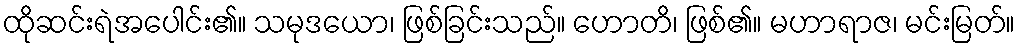
ထိုဆင်းရဲအပေါင်း၏။ သမုဒယော၊ ဖြစ်ခြင်းသည်။ ဟောတိ၊ ဖြစ်၏။ မဟာရာဇ၊ မင်းမြတ်။